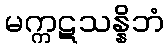
မက္ကဋသန္နိဘံ